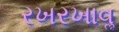
રખરખાવૢ